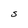
Character: S